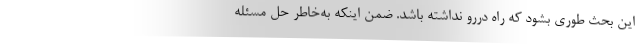
این بحث طوری بشود که راه دررو نداشته باشد. ضمن اینکه به‌خاطر حل مسئله